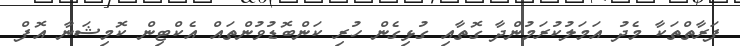
ފަރާތްތަކާ މެދު އަމަލުކުރަމުންދާ ގޮތާއި ގުޅިގެން ހުރި ކަންބޮޑުވުންތައް އެކްޓިން ކޮމިޝަނާ އޮފް